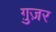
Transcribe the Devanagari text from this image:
ग़ुज़र